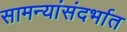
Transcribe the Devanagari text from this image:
सामन्यांसंदर्भात